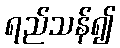
ရည်သန်၍